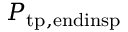
P _ { \mathrm { t p , e n d i n s p } }